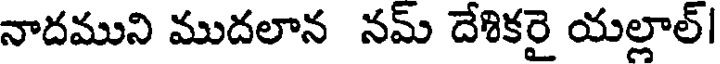
నాదముని ముదలాన నమ్ దేశికరై యల్లాల్